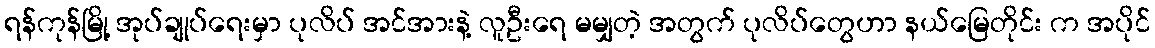
ရန်ကုန်မြို့ အုပ်ချုပ်ရေးမှာ ပုလိပ် အင်အားနဲ့ လူဦးရေ မမျှတဲ့ အတွက် ပုလိပ်တွေဟာ နယ်မြေတိုင်း က အပိုင်